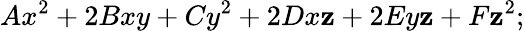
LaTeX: Ax^{2}+2Bxy+Cy^{2}+2Dx\mathbf{z}+2Ey\mathbf{z}+F\mathbf{z}^{2};